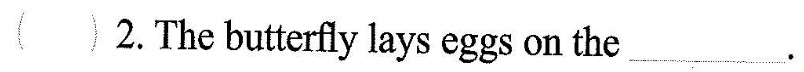
2.The butterfly lays eggs on the ___.